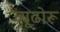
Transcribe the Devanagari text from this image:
व्यूढोरू